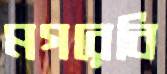
মগরেবি